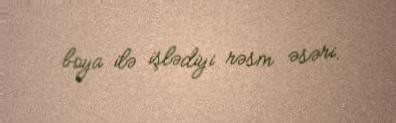
boya ilə işlədiyi rəsm əsəri.